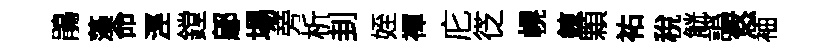
鵑藻命涇鏜鄔場旁析刲姪禈庀徔幌錬顆祐稅觥譌悠袖